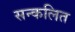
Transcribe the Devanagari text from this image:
सन्कलित